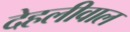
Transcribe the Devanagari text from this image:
देहलीवाल